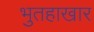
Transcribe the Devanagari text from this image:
भुतहाखार